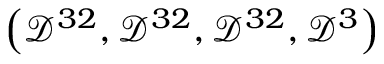
\left( \mathcal { D } ^ { 3 2 } , \mathcal { D } ^ { 3 2 } , \mathcal { D } ^ { 3 2 } , \mathcal { D } ^ { 3 } \right)